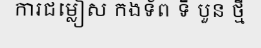
ការជម្លៀស កងទ័ព ទី បួន ថ្មី